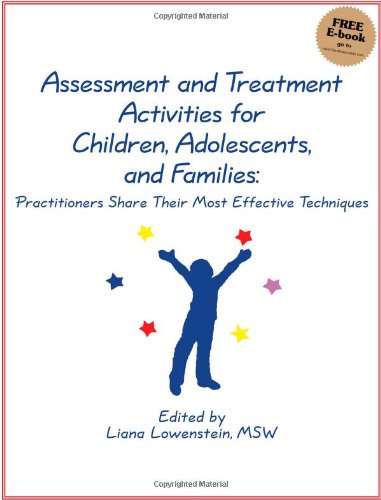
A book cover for Assessment and Treatment Activities for Children, Adolescents, and Families: Practitioners Share Their Most Effective Techniques; Liana Lowenstein; Medical Books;